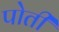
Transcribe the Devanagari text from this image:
पोतीं